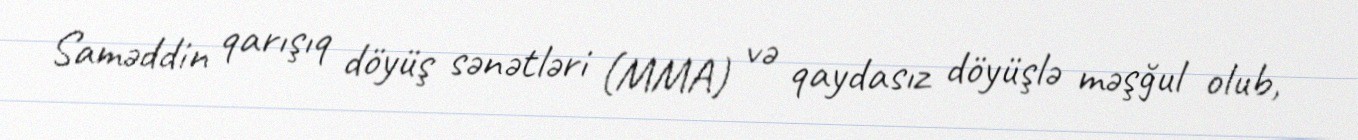
Saməddin qarışıq döyüş sənətləri (MMA) və qaydasız döyüşlə məşğul olub,